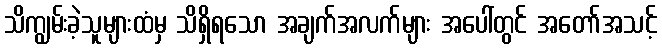
သိကျွမ်းခဲ့သူများထံမှ သိရှိရသော အချက်အလက်များ အပေါ်တွင် အတော်အသင့်